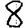
Digit: 8